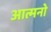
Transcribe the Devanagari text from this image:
आत्मनो